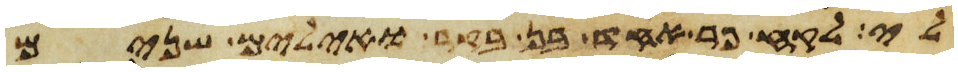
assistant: לי לקח פר אחד בן בקר ואילים שנים